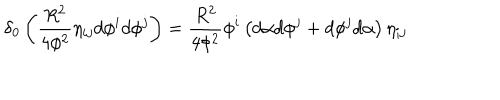
\delta _ { 0 } \left( \frac { R ^ { 2 } } { 4 \phi ^ { 2 } } \eta _ { i j } d \phi ^ { i } d \phi ^ { j } \right) = \frac { R ^ { 2 } } { 4 \phi ^ { 2 } } \phi ^ { i } \left( d \alpha d \phi ^ { j } + d \phi ^ { j } d \alpha \right) \eta _ { i j }